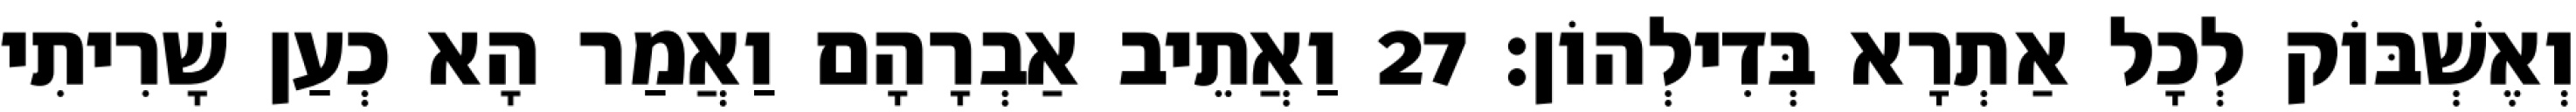
וְאֶשְׁבּוֹק לְכָל אַתְרָא בְּדִילְהוֹן׃ 27 וַאֲתֵיב אַבְרָהָם וַאֲמַר הָא כְעַן שָׁרִיתִי